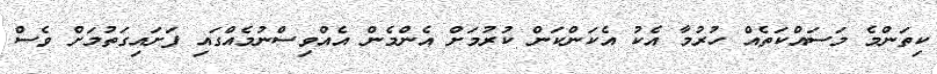
ކިތަންމެ މަސައްކަތެއް ހުރުމާ އެކު އެކަންކަން ކުރުމަށް އެންމެން އެއްވިސްނުމެއްގައި ފަށައިގަތުމަށް ވެސް